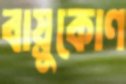
বায়ুকোণ